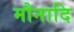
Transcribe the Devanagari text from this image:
मौनादि